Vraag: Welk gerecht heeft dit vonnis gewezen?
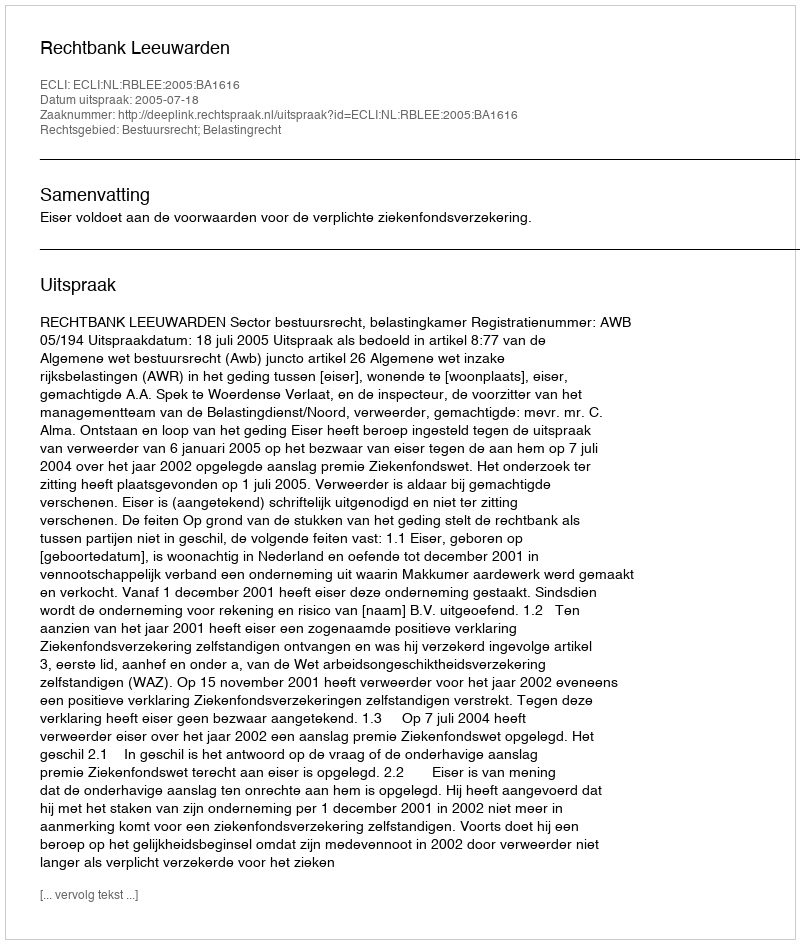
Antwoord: Rechtbank Leeuwarden